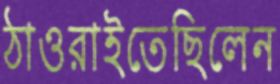
ঠাওরাইতেছিলেন